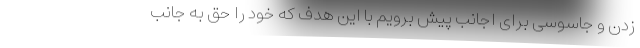
زدن و جاسوسی برای اجانب پیش برویم با این هدف که خود را حق به جانب